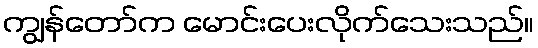
ကျွန်တော်က မောင်းပေးလိုက်သေးသည်။